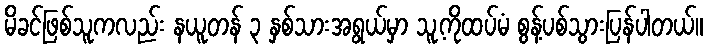
မိခင်ဖြစ်သူကလည်း နယူတန် ၃ နှစ်သားအရွယ်မှာ သူ့ကိုထပ်မံ စွန့်ပစ်သွားပြန်ပါတယ်။